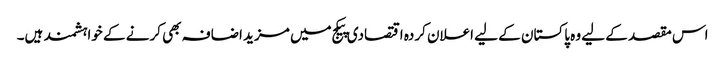
اس مقصد کے لیے وہ پاکستان کے لیے اعلان کردہ اقتصادی پیکج میں مزید اضافہ بھی کرنے کے خواہشمند ہیں۔